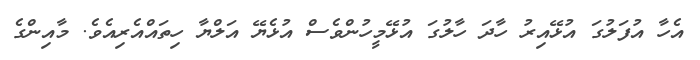
އެހާ އުފަލުގަ އުޅޭއިރު ހާދަ ހާލުގަ އުޅޭމީހުންވެސް އުޅެޔޭ އަލްޔާ ހިތައްއެރިއެވެ. މާއިންގެ